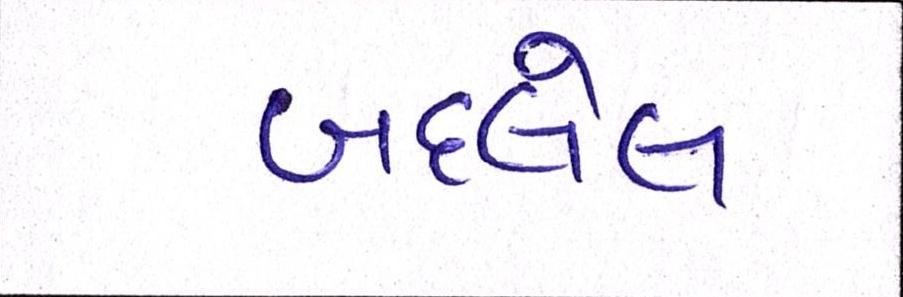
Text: બદલેલ